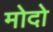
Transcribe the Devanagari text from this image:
मोदो